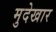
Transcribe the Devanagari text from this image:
मुदेखार